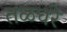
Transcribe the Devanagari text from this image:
तळघरे